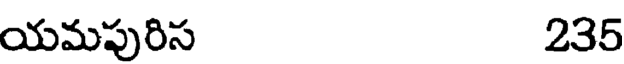
యమపురిస 235